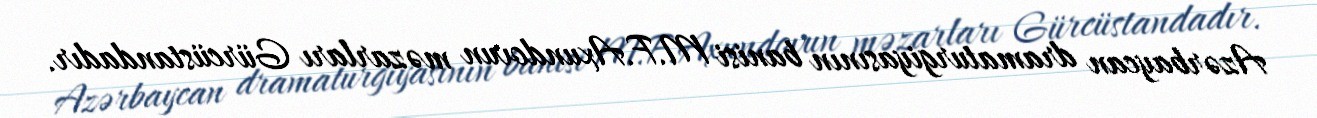
Azərbaycan dramaturgiyasının banisi M.F.Axundovun məzarları Gürcüstandadır.